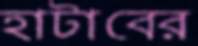
হাটাবের